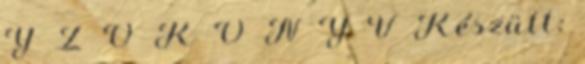
Y Z Ő K Ö N Y V Készült: